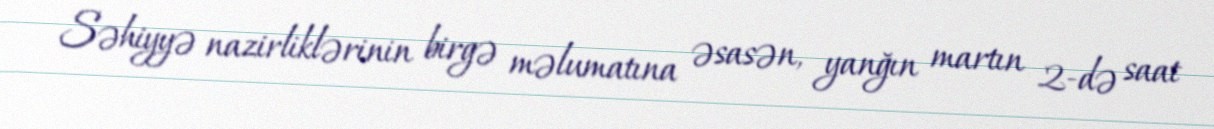
Səhiyyə nazirliklərinin birgə məlumatına əsasən, yanğın martın 2-də saat